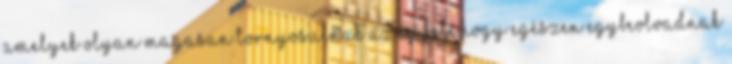
amelyek olyan magasan tornyosulnak az ég felé,hogy egészen egybeolvadnak